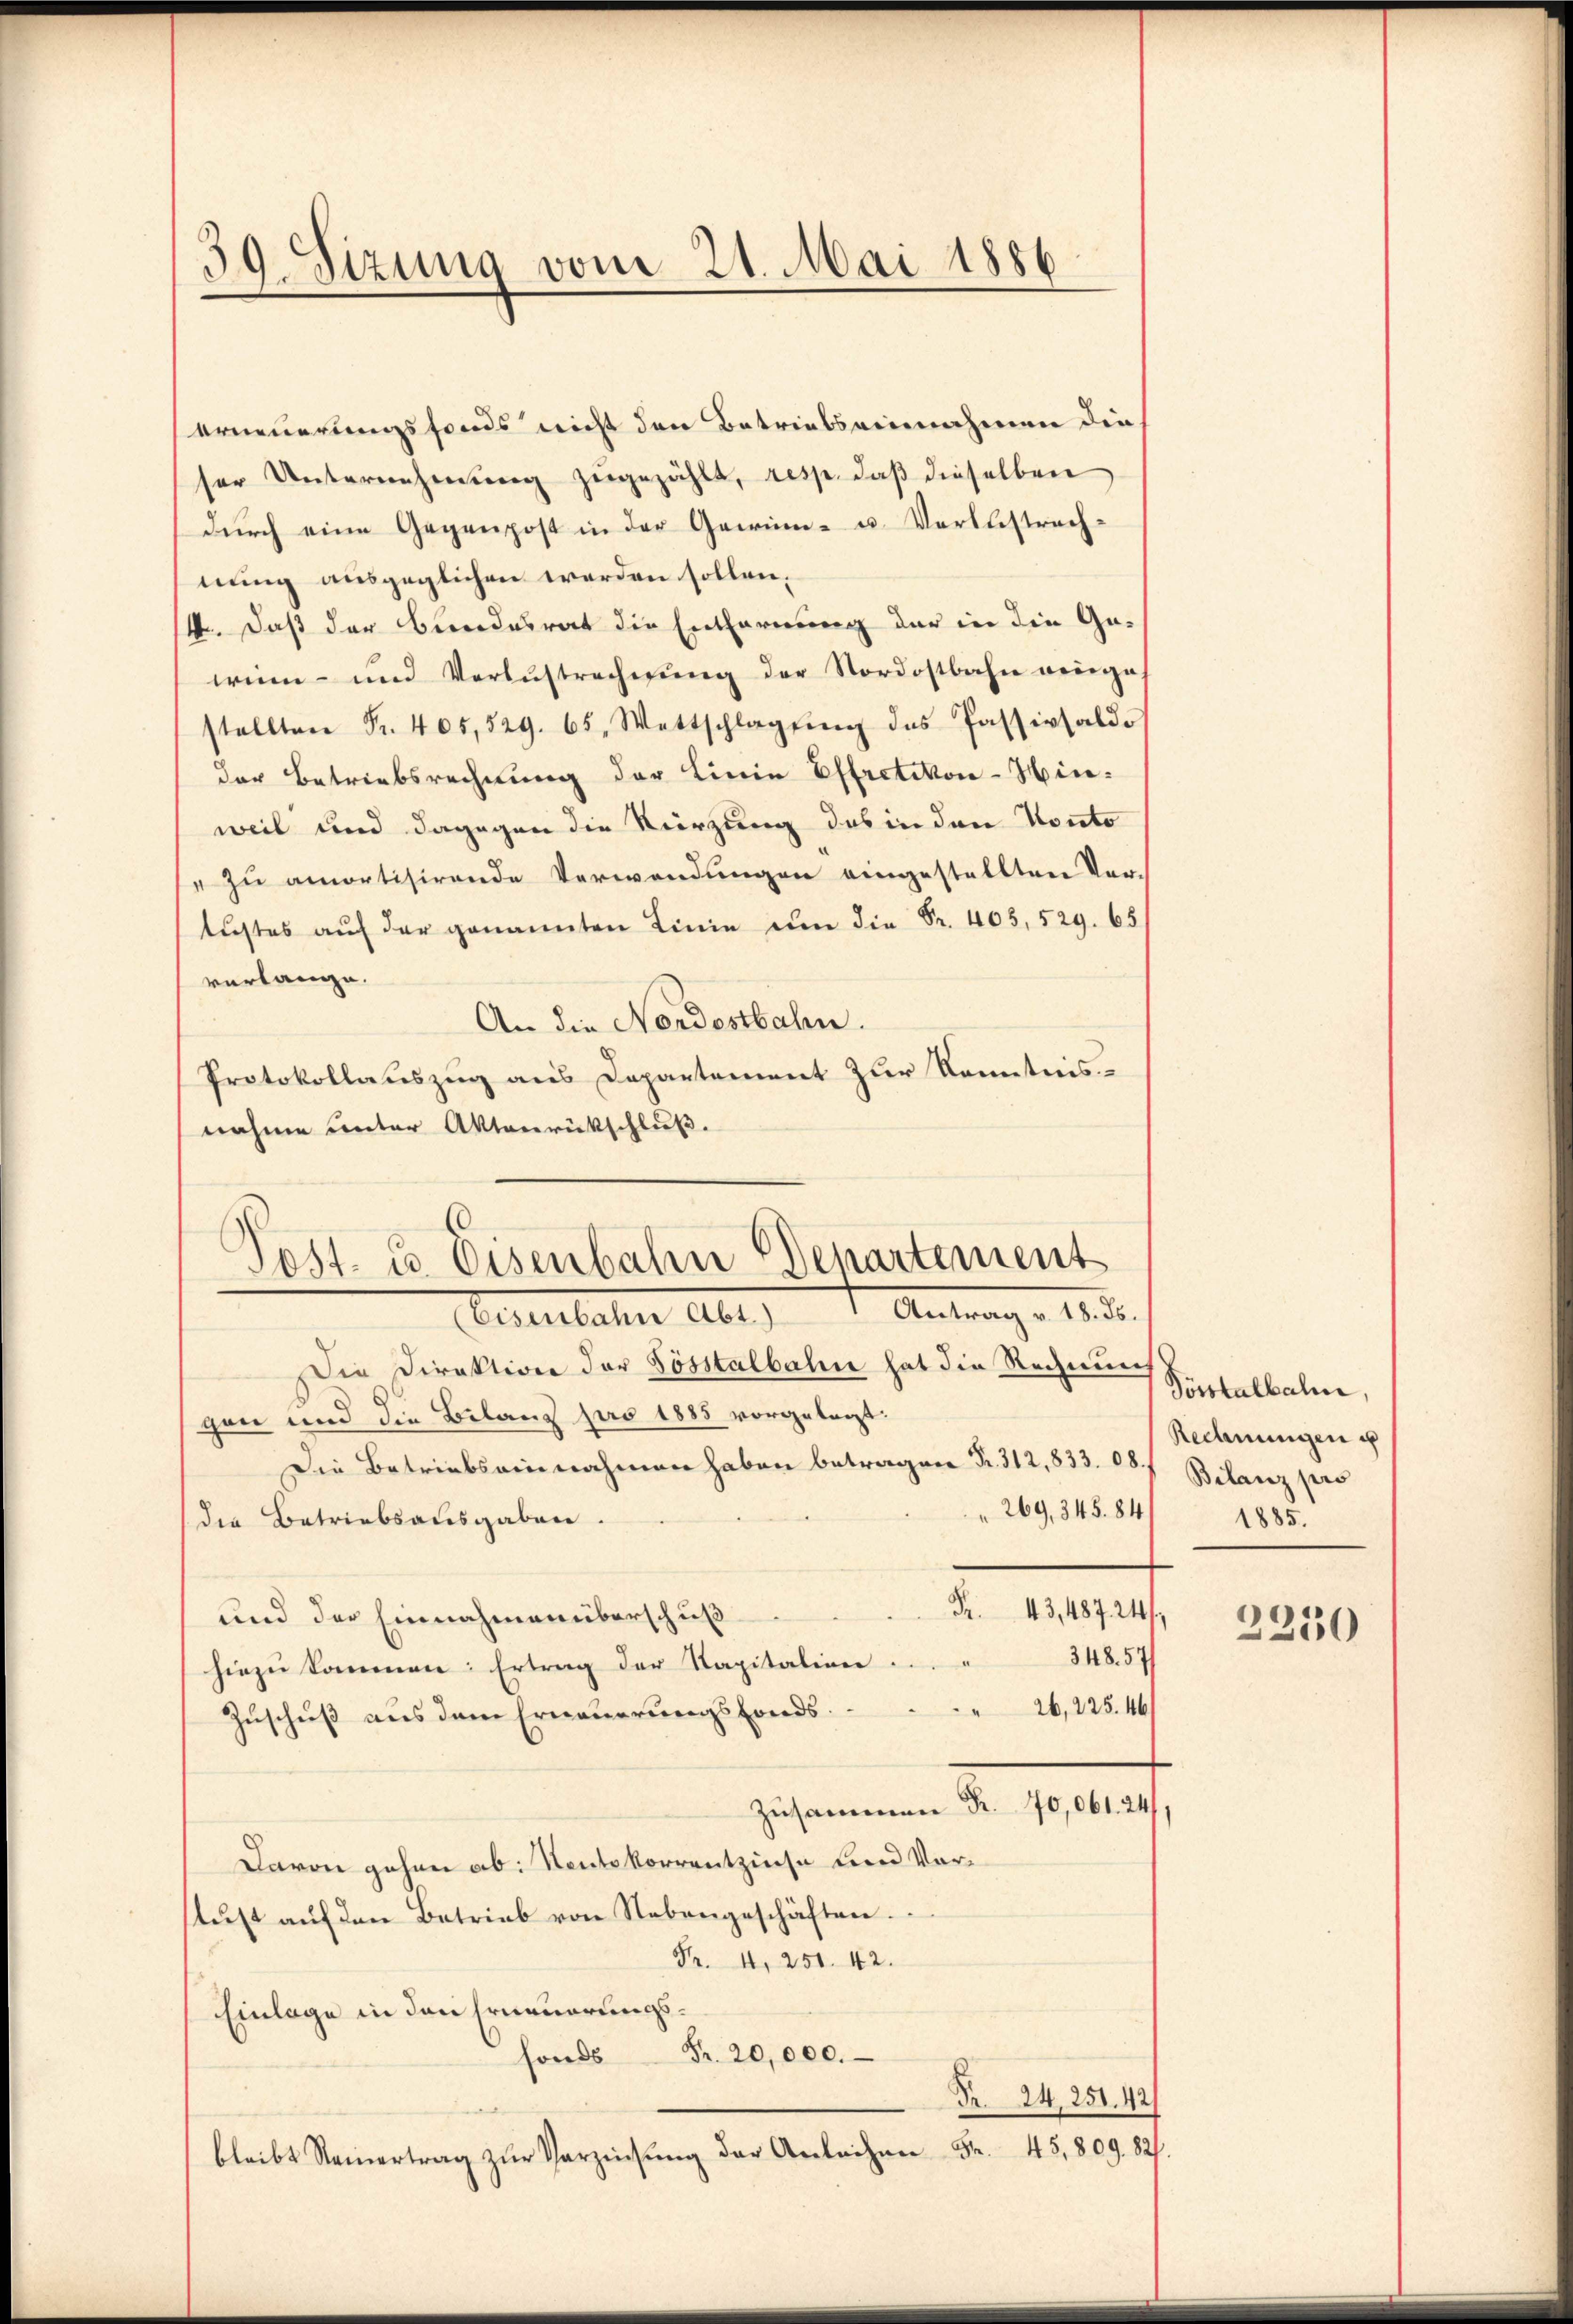
30. Sizung vom 21. Mai 1886

erneuerungsfonds nicht den Betriebseinnahmen die
ser Unternehmung zugezählt, resp. daß dieselben
durch eine Gegenpost in der Gewinn- u. Verleistrachnung ausgeglichen werden sollen.
4. Daß der Bundesrat die Entfernung der in die Gewinn- und Verlustrechnŭng der Nordostbahn wenige,
stellten Fr. 405,329. 65, Wettschlagŭng des Passivsaldo
der Betriebsrechnung der Linie Effretikon-Hinweil und dagegen die Kürzung das in den Konto
" zu amortisirende Verwendungen eingestellten Vertŭstes aŭf der genannten Linie den die Fr. 405, 529. 65
verlange.
An die Nordostbahn.
Protokollauszug aus Departement zur Kenntnisnahme unter Aktenrückschluß.
Die Direktion der Sösstalbahn hat die Rechnun
gen und die Bilanz pro 1885 vorgelegt.
Die Betriebseinnahmen haben betragen Fr. 312, 833. 68. Bilanz pro
 269, 345. 84
die Betriebsausgaben.
Pr. 43,48724/
und der Einnahmen überschuß
348. 57
hiezu kommen: Ertrag der Kapitalien
26, 225. 46
Zuschuß aus dem Erneuerungsfonds.
Zusammen R. 70,061. 24
Davon gehen ab: Nentskorrentzinse und Vorstus auf den Betrieb von Nebengeschäften.
Fr. 4. 251. 442.
Einlage in den Erneuerungs¬
Fr. 20,000.
fonds
Pr. 24, 251. 421
bleibt Steinertrag zŭr Verzinsŭng der Anleihen Fr. 45,809. 827.

Post. u. Eisenbahn Departement
 Antrag v. 18. d.
Oestenbahn alt,

Portalbahn,
Rechnungen u
1885.

2250